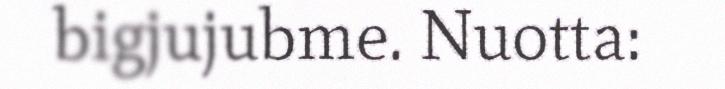
bigjujubme. Nuotta: